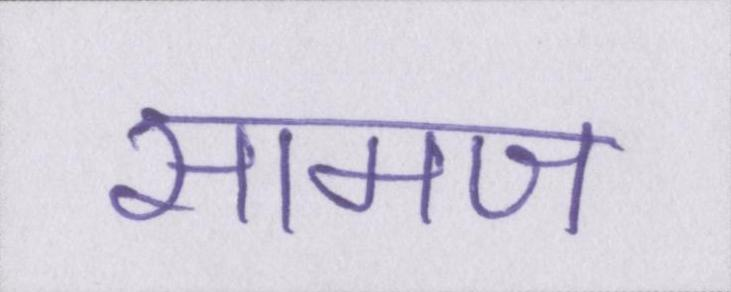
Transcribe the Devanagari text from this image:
सामज